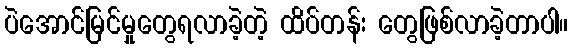
ပဲအောင်မြင်မှုတွေရလာခဲ့တဲ့ ထိပ်တန်း တွေဖြစ်လာခဲ့တာပါ။